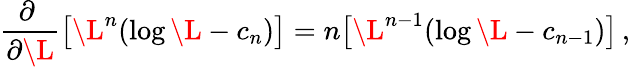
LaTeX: \frac{\partial~}{\partial\L}\big[\L^{n}(\log\L-c_{n})\big]=n\big[\L^{n-1}(\log\L-c_{n-1})\big]\, ,